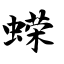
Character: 蝾